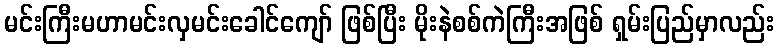
မင်းကြီးမဟာမင်းလှမင်းခေါင်ကျော် ဖြစ်ပြီး မိုးနဲစစ်ကဲကြီးအဖြစ် ရှမ်းပြည်မှာလည်း